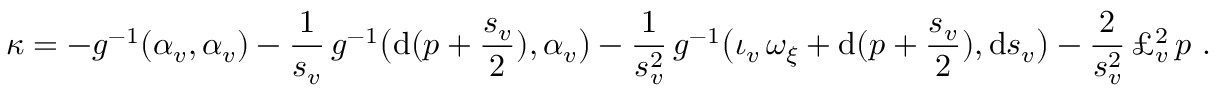
\kappa = - g ^ { - 1 } ( \alpha _ { v } , \alpha _ { v } ) - \frac 1 { s _ { v } } \, g ^ { - 1 } \big ( \mathrm { d } ( p + \frac { s _ { v } } { 2 } ) , \alpha _ { v } \big ) - \frac 1 { s _ { v } ^ { 2 } } \, g ^ { - 1 } \big ( \iota _ { v } \, \omega _ { \xi } + \mathrm { d } ( p + \frac { s _ { v } } 2 ) , \mathrm { d } s _ { v } \big ) - \frac 2 { s _ { v } ^ { 2 } } \, \pounds _ { v } ^ { 2 } \, p \ .